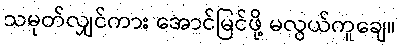
သမုတ်လျှင်ကား အောင်မြင်ဖို့ မလွယ်ကူချေ။